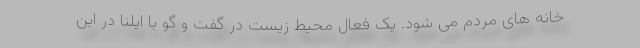
خانه های مردم می شود. یک فعال محیط زیست در گفت و گو با ایلنا در این